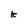
Character: k